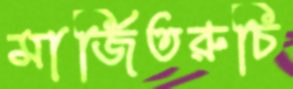
মার্জিতরুচি